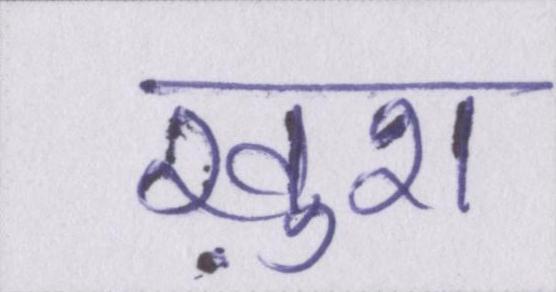
ख़ुश